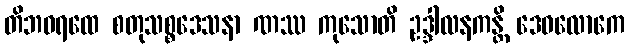
တိဘဝရထေ စတုသစ္စဒေသနာ ဏဿ ကုသောတိ ဥဒ္ဒါလနကန္တိ ဒေဝလောကေ